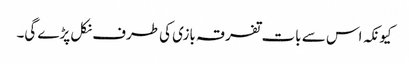
کیونکہ اس سے بات تفرقہ بازی کی طرف نکل پڑے گی۔